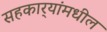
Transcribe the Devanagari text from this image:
सहकार्‍यांमधील